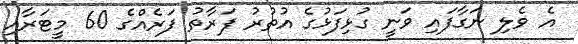
އެ ވެލި ނަގާފައި ވަނީ ގުޅިފަޅުގެ އުތުރު ފަރާތު ފަރެއްގެ 60 މީޓަރާއި